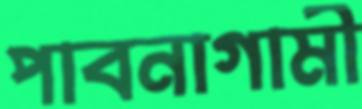
পাবনাগামী